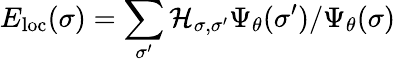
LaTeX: E_{\mathrm{loc}}(\sigma)=\sum_{\sigma^{\prime}}\mathcal{H}_{\sigma,\sigma^{\prime}}\Psi_{\theta}(\sigma^{\prime})/\Psi_{\theta}(\sigma)